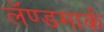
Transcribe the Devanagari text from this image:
लॅण्डमार्क